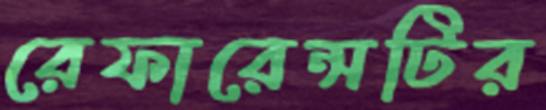
রেফারেন্সটির